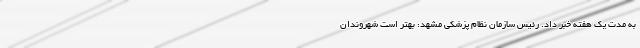
به مدت یک هفته خبر داد. رئیس سازمان نظام پزشکی مشهد: بهتر است شهروندان